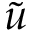
\tilde { u }